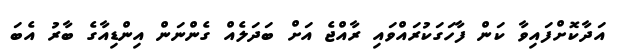
އަދާކޮށްފައިވާ ކަން ފާހަގަކުރައްވައި ރާއްޖެ އަށް ބަދަލެއް ގެންނަން އިންޑިއާގެ ބާރު އެބަ